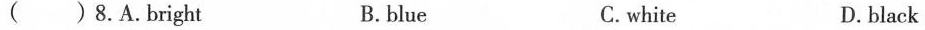
( ) 8.A.Bright B.blue C. white D.black